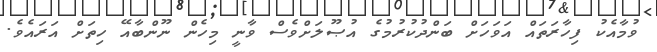
ވުމާއެކު ފިހާރަތައް އަވަހަށް ބަންދުކުރުމުގެ އުޞޫލަށްވެސް ވާނީ މިހެން ނޫންބާއޭ ހިތަށް އަރައެވެ.